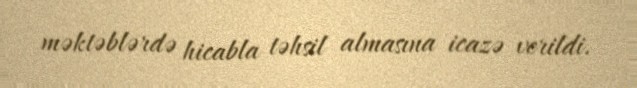
məktəblərdə hicabla təhsil almasına icazə verildi.